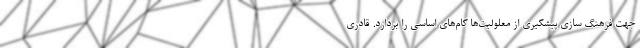
جهت فرهنگ سازی پیشگیری از معلولیت‌ها گام‌های اساسی را بردارد. قادری